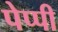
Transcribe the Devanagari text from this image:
पेप्पी